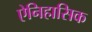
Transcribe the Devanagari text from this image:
ऐनिहासिक